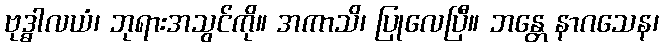
ဗုဒ္ဓါလယံ၊ ဘုရားအသွင်ကို။ အကာသိ၊ ပြုလေပြီ။ ဘန္တေ နာဂသေန၊